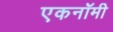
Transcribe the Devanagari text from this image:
एकनॉमी